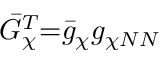
\bar { G } _ { \chi } ^ { T } { = } \bar { g } _ { \chi } g _ { \chi N N }